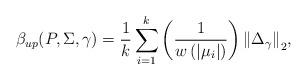
LaTeX: \begin{align*} \beta _{up} (P,\Sigma ,{\gamma}) = \frac{1}{k}\sum\limits_{i = 1}^k {\left( {\frac{1}{{w\left( {\left| {{\mu _i}} \right|} \right)}}} \right) \left\| {{\Delta _\gamma }} \right\|_2},\end{align*}